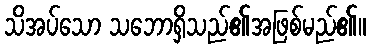
သိအပ်သော သဘောရှိသည်၏အဖြစ်မည်၏။